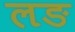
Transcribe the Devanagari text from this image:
लङ